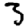
Digit: 3